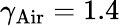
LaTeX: \gamma_{\mathrm{{Air}}}=1.4